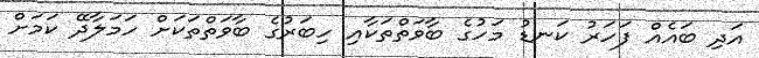
އަދި ބައެއް ފަަހަރު ކަނޑު މަހުގެ ބާވަތްތަކާއި ހިބަރުގެ ބާވަތްތަކަށް ހަމަލާދޭ ކަމަށް